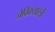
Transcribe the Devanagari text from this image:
जैविकशास्त्री